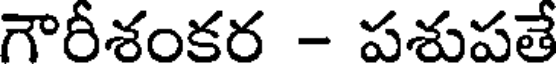
గౌరీశంకర - పశుపతే